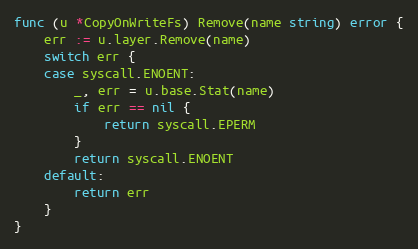
Language: Go
func (u *CopyOnWriteFs) Remove(name string) error {
	err := u.layer.Remove(name)
	switch err {
	case syscall.ENOENT:
		_, err = u.base.Stat(name)
		if err == nil {
			return syscall.EPERM
		}
		return syscall.ENOENT
	default:
		return err
	}
}